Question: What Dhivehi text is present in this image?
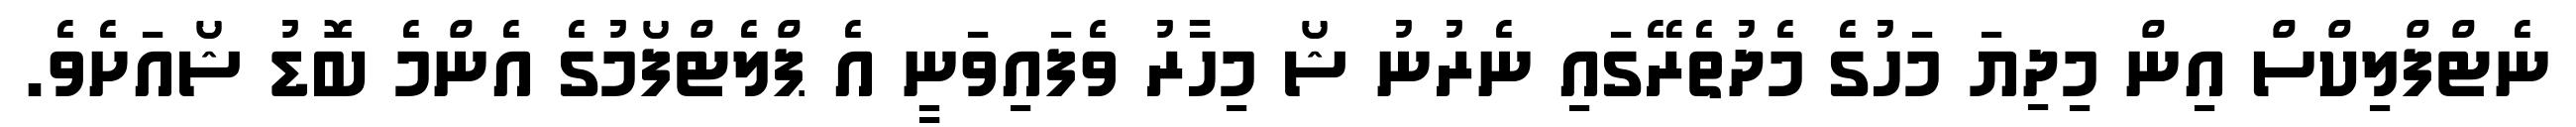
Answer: ނެޓްފްލިކްސް އިން މިދިޔަ މަހުގެ މެދުތެރޭގައި ނެރުނު ޝޯ މިހާރު ވެފައިވަނީ އެ ޕްލެޓްފޯމުގެ އެންމެ ބޮޑު ޝޯއަށެވެ.